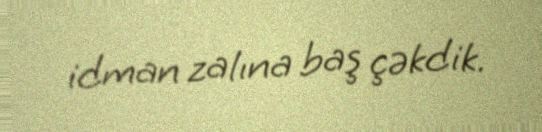
idman zalına baş çəkdik.